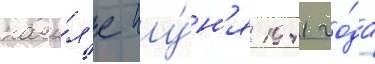
нача́л'е иу́н'я 1941 го́да